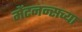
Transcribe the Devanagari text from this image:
मेंटनन्सच्या